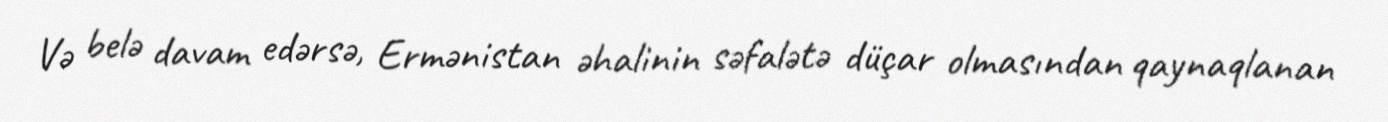
Və belə davam edərsə, Ermənistan əhalinin səfalətə düçar olmasından qaynaqlanan